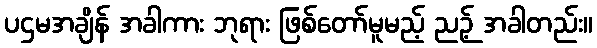
ပဌမအချိန် အခါကား ဘုရား ဖြစ်တော်မူမည့် ညဉ့် အခါတည်း။